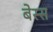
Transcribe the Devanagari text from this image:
बेस्स